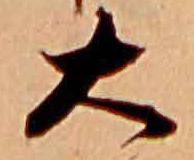
大